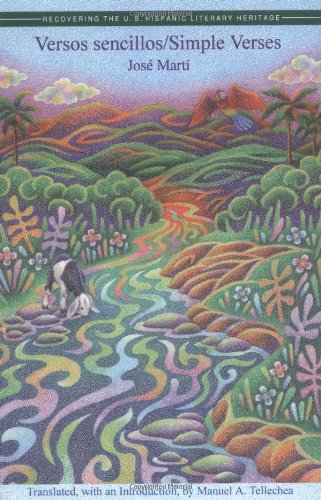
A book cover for Versos Sencillos: Simple Verses (Recovering the Us Hispanic Literary Heritage) (Pinata Books for Young Adults); Jose Marti; Literature & Fiction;